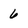
Character: 6